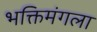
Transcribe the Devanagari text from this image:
भक्तिमंगला